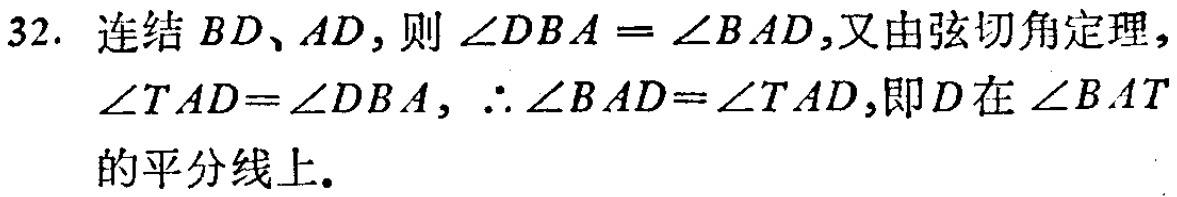
32. 连结 \(BD\)、\(AD\)，则 \(\angle DBA = \angle BAD\)，又由弦切角定理，\(\angle TAD=\angle DBA\)，\(\therefore \angle BAD=\angle TAD\)，即 \(D\)在 \(\angle BAT\)的平分线上.